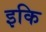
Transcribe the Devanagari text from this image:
इकि